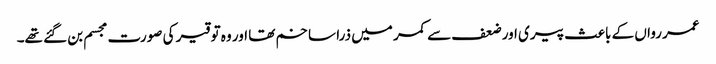
عمر رواں کے باعث پیری اور ضعف سے کمر میں ذرا سا خم تھا اور وہ توقیر کی صورت مجسم بن گئے تھے۔